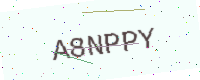
Text: A8NPPY